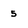
Character: 5